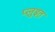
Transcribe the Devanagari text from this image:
प्लुइत